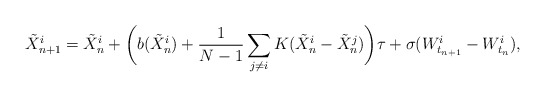
\begin{align*}\tilde X_{n+1}^i = \tilde X_n^i +\bigg(b(\tilde X_n^i) + \frac1{N-1}\sum_{j\neq i}K(\tilde X_n^i-\tilde X_n^j)\bigg)\tau + \sigma(W_{t_{n+1}}^i - W_{t_n}^i),\end{align*}